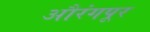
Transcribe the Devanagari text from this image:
औरंगपूर